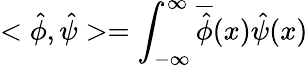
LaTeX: <\hat{\phi},\hat{\psi}>=\int_{-\infty}^{\infty}\overline{{{\hat{\phi}}}}(x)\hat{\psi}(x)